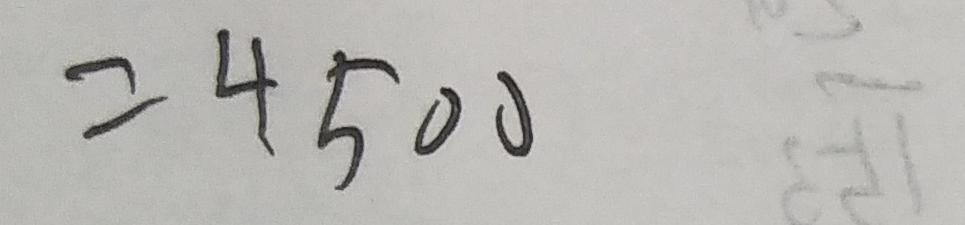
= 4 5 0 0